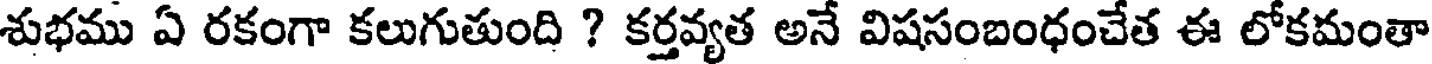
శుభము ఏ రకంగా కలుగుతుంది ? కర్తవ్యత అనే విషసంబంధంచేత ఈ లోకమంతా